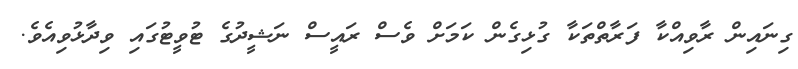
ގިނައިން ރާވިއްކާ ފަރާތްތަކާ ގުޅިގެން ކަމަށް ވެސް ރައީސް ނަޝީދުގެ ޓުވީޓުގައި ވިދާޅުވިއެވެ.